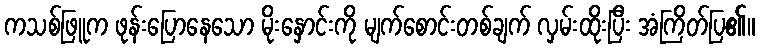
ကသစ်ဖြူက ဖုန်းပြောနေသော မိုးနှောင်းကို မျက်စောင်းတစ်ချက် လှမ်းထိုးပြီး အံကြိတ်ပြ၏။